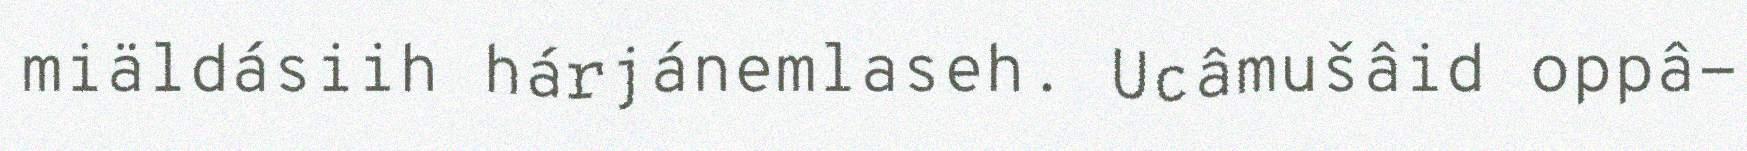
miäldásiih hárjánemlaseh. Ucâmušâid oppâ-